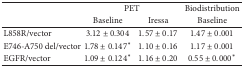
<table><thead><tr><td></td><td colspan="2"><b>PET</b></td><td><b>Biodistribution</b></td></tr><tr><td></td><td><b>Baseline</b></td><td><b>Iressa</b></td><td><b>Baseline</b></td></tr></thead><tbody><tr><td>L858R/vector</td><td>3.12 ± 0.304</td><td>1.57 ± 0.17</td><td>1.47 ± 0.001</td></tr><tr><td>E746-A750 del/vector</td><td>1.78 ± 0.147*</td><td>1.10 ± 0.16</td><td>1.17 ± 0.001</td></tr><tr><td>EGFR/vector</td><td>1.09 ± 0.124*</td><td>1.16 ± 0.20</td><td>0.55 ± 0.000*</td></tr></tbody></table>